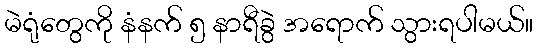
မဲရုံတွေကို နံနက် ၅ နာရီခွဲ အရောက် သွားရပါမယ်။